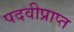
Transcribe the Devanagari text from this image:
पदवीप्राप्त